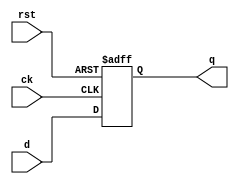
module dff
(
   input d,
   input ck,
   input rst,
   output q

);
    reg state;

    assign q = state;

    always @ (posedge ck or posedge rst )
    begin
        if (rst)
            state <= 'h0;
        else
            state <= d;
    end

endmodule